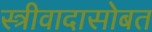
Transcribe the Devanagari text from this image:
स्त्रीवादासोबत